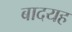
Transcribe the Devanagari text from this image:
बादयह